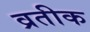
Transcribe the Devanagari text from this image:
व्रतीक